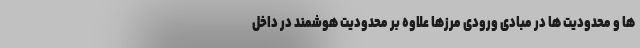
ها و محدودیت ها در مبادی ورودی مرزها علاوه بر محدودیت هوشمند در داخل